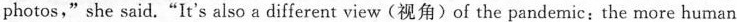
photos," she said."It's also a different view(视角)of the pandemic:the more human